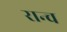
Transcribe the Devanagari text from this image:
रान्च